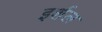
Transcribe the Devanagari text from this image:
इर्शल